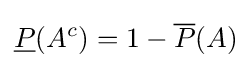
{\underline {P}}(A^{c})=1-{\overline {P}}(A)